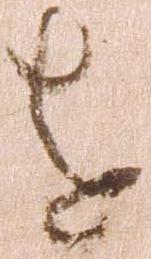
を